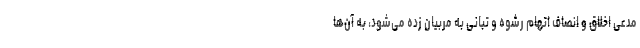
مدعی اخلاق و انصاف اتهام رشوه و تبانی به مربیان زده می‌شود، به آن‌ها